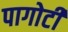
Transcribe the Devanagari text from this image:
पागोटी